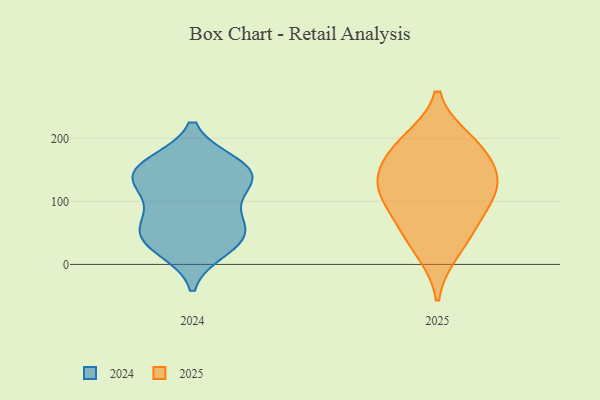
{"axis": {"x": "Market Share (%)", "y": "Value"}, "legend": ["2024", "2025"], "data": [{"x": "", "y": 191, "type": "2025"}, {"x": "", "y": 57, "type": "2025"}, {"x": "", "y": 20, "type": "2025"}, {"x": "", "y": 145, "type": "2025"}, {"x": "", "y": 165, "type": "2025"}, {"x": "", "y": 197, "type": "2025"}, {"x": "", "y": 117, "type": "2025"}, {"x": "", "y": 123, "type": "2025"}, {"x": "", "y": 115, "type": "2025"}, {"x": "", "y": 72, "type": "2025"}, {"x": "", "y": 55, "type": "2024"}, {"x": "", "y": 130, "type": "2024"}, {"x": "", "y": 24, "type": "2024"}, {"x": "", "y": 137, "type": "2024"}, {"x": "", "y": 150, "type": "2024"}, {"x": "", "y": 35, "type": "2024"}, {"x": "", "y": 157, "type": "2024"}, {"x": "", "y": 61, "type": "2024"}, {"x": "", "y": 159, "type": "2024"}, {"x": "", "y": 46, "type": "2024"}, {"x": "", "y": 88, "type": "2024"}, {"x": "", "y": 128, "type": "2024"}]}